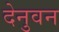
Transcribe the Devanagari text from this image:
देनुवन